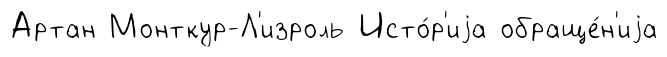
Артан Монткур-Л'изроль Исто́р'иjа обраще́н'иjа